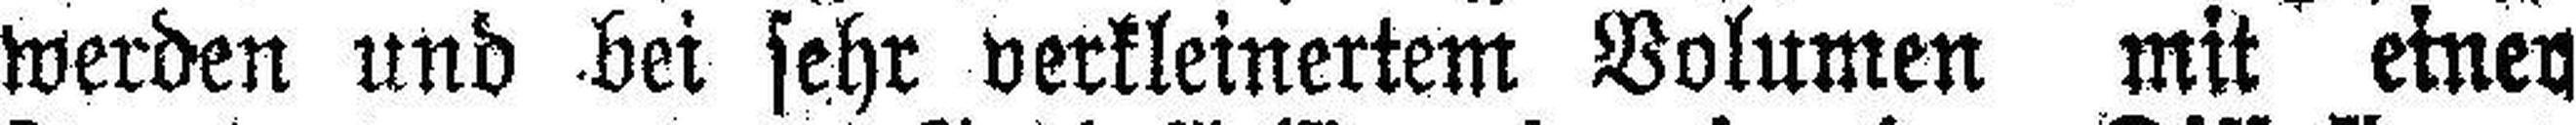
werden und bei sehr verkleinertem Volumen mit einer